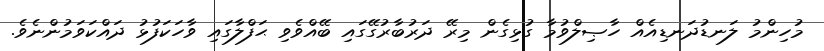
މުހިންމު ލަނޑުދަނޑިއެއް ހާޞިލްވުމާ ގުޅިގެން މިރޭ ދަރުބާރުގޭގައި ބޭއްވެވި ޙަފްލާގައި ވާހަކަފުޅު ދައްކަވަމުންނެވެ.